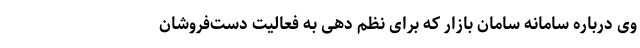
وی درباره سامانه سامان بازار که برای نظم دهی به فعالیت دست‌فروشان